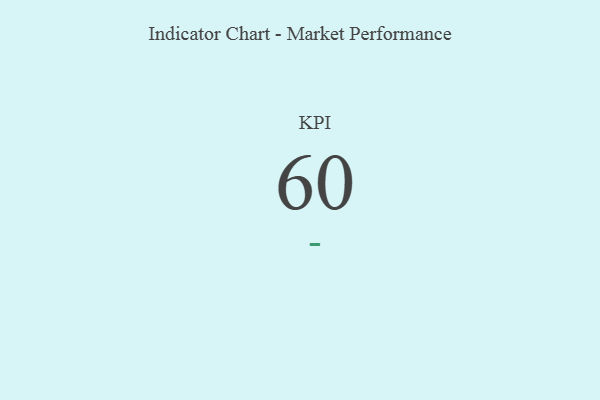
{"axis": {"x": "KPI", "y": "Value"}, "legend": [""], "data": [{"x": "KPI", "y": 60, "type": ""}]}